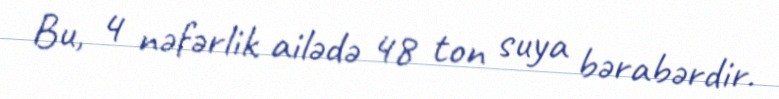
Bu, 4 nəfərlik ailədə 48 ton suya bərabərdir.